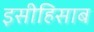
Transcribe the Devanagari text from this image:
इसीहिसाब